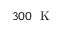
3 0 0 ~ \mathrm { ~ K ~ }